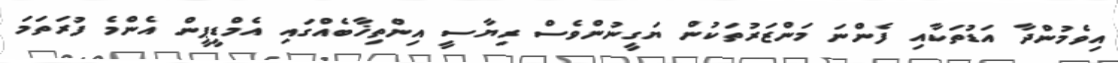
އިވެމުންދާ އަޑުތަކާއި ފެންނަ މަންޒަރުތަކުން ޔަގީނުންވެސް ރިޔާސީ އިންތިޚާބެއްގައި އެމްޑީޕީން އެންމެ ފުރަތަމަ